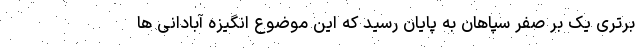
برتری یک بر صفر سپاهان به پایان رسید که این موضوع انگیزه آبادانی ها